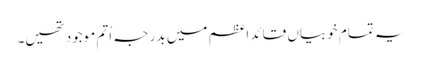
یہ تمام خوبیاں قائدِ اعظم میں بدر جہ اُتم موجود تھیں۔